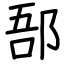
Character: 郚